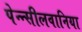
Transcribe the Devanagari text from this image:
पेन्न्सीलवानिया